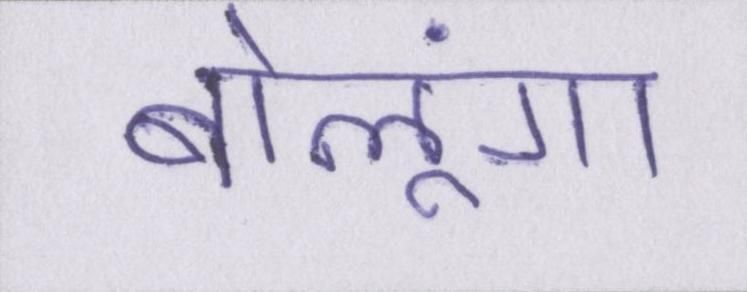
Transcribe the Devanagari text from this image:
बोलूंगा